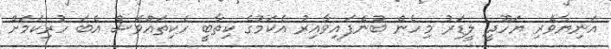
އަނިޔާވެރި ޔަހޫދީ ލީޑަރު މިހެން ބުނެފައިވާއިރު އެކަމުގެ ކިތާބީ ހެކިތައްވެސް އެބަ ހުރިކަމަށް